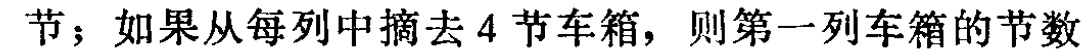
节；如果从每列中摘去 4 节车箱，则第一列车箱的节数